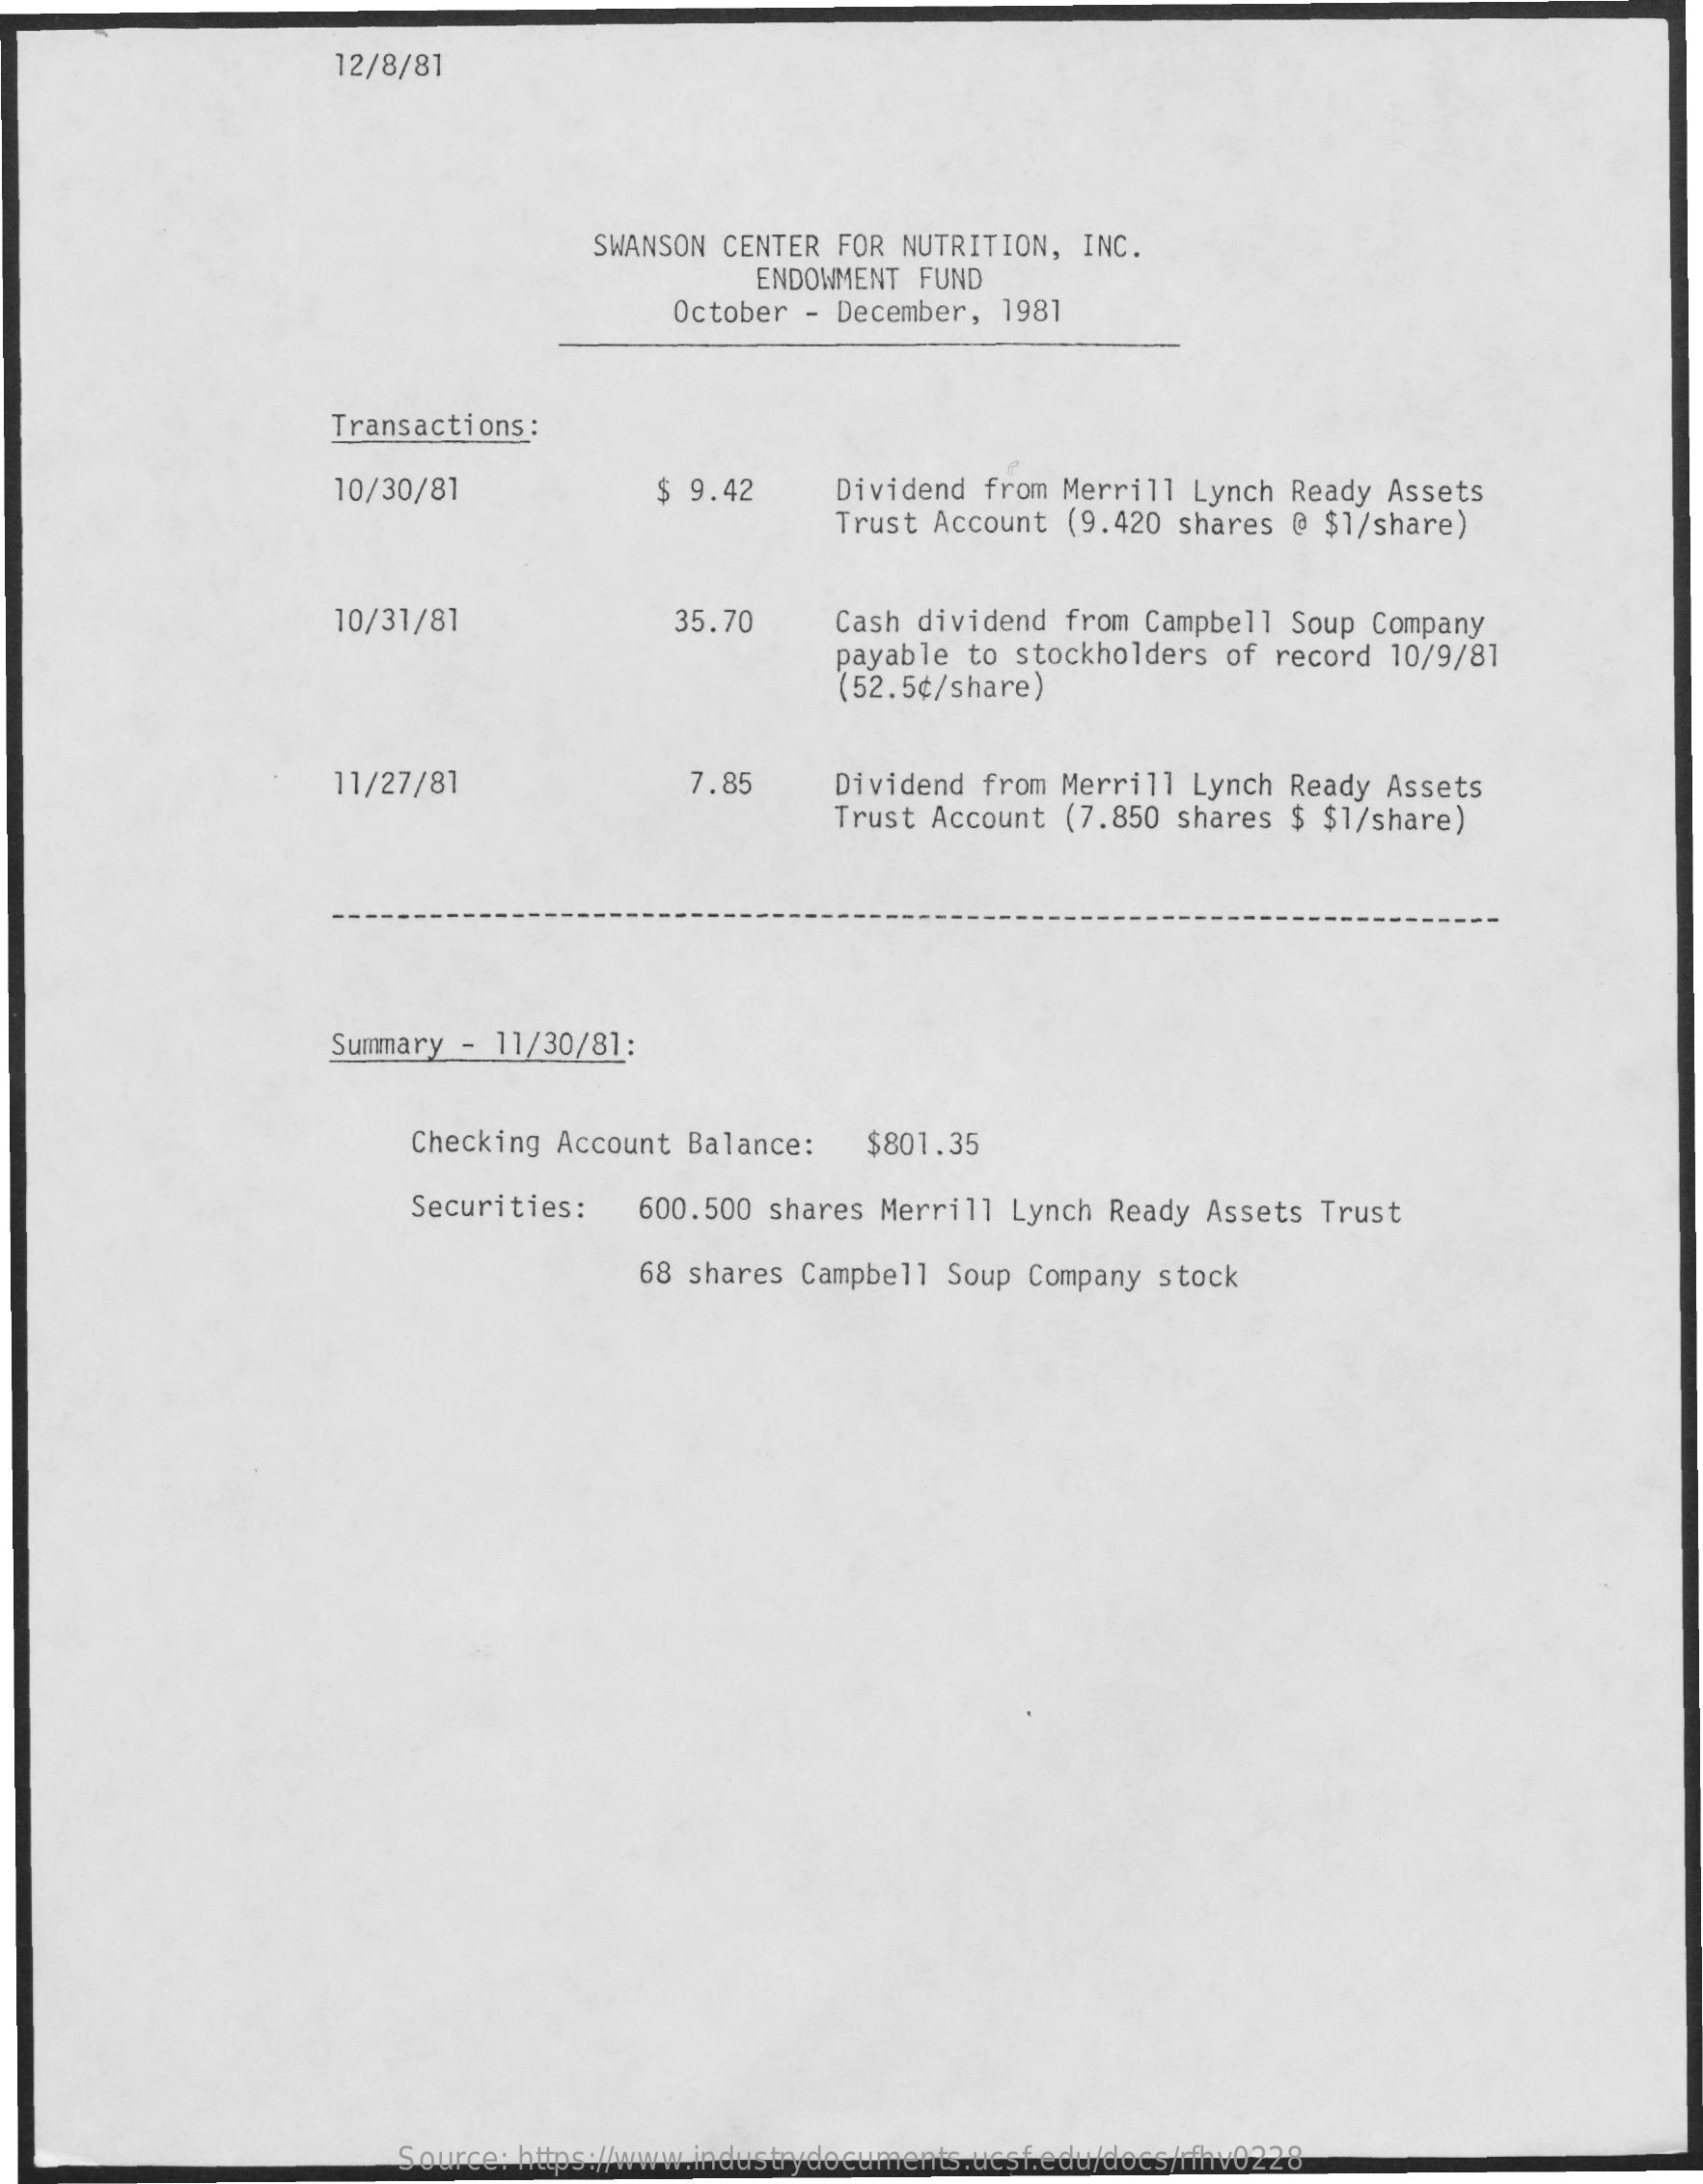
12/8/81
     SWANSON CENTER FOR  NUTRITION,  INC.
     ENDOWMENT FUND
     October  - December,  1981
     Transactions:
     10/30/81    $ 9.42    Dividend from Merrill  Lynch Ready Assets
     Trust Account  (9.420 shares @ $1/share)
     10/31/81    35.70    Cash dividend from  Campbell Soup  Company
     payable to stockholders  of record  10/9/81
     (52.5¢/share)
     11/27/81    7.85    Dividend from Merrill  Lynch Ready Assets
     Trust Account (7.850  shares $ $1/share)
     Summary - 11/30/81:
     Checking Account  Balance:    $801.35
     Securities:    600.500 shares Merrill  Lynch Ready  Assets Trust
     68 shares Campbell  Soup Company  stock
     Source: https://www.industrydocuments.ucsf.edu/docs/rfhv0228